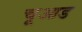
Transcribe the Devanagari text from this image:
चूआड